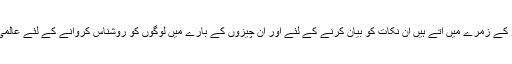
مگر کچھ باتیں یا نکات ایسے ہیں جو عمومی طور پر سیلف کیئر کے زمرے میں آتے ہیں ان نکات کو بیان کرنے کے لئے اور ان چیزوں کے بارے میں لوگوں کو روشناس کروانے کے لئے عالمی طور پر 24 جولائی کو سیلف کیئر کا عالمی دن منایا جاتا ہے ۔